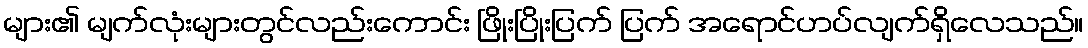
များ၏ မျက်လုံးများတွင်လည်းကောင်း ဖြိုးပြိုးပြက် ပြက် အရောင်ဟပ်လျက်ရှိလေသည်။